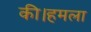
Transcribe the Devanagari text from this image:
की।हमला